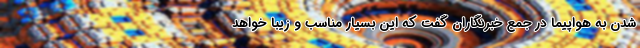
شدن به هواپیما در جمع خبرنگاران گفت که این بسیار مناسب و زیبا خواهد